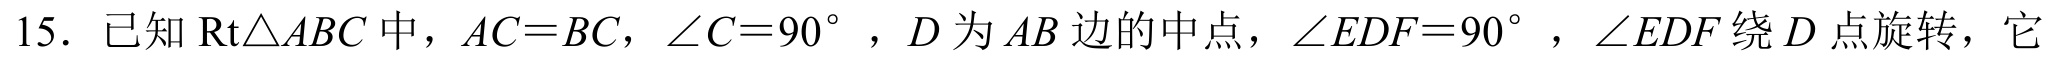
15. 已知$\mathrm{Rt}\triangle ABC$中，$AC = BC$，$\angle C = 90^{\circ}$，$D$为$AB$边的中点，$\angle EDF = 90^{\circ}$，$\angle EDF$绕$D$点旋转，它